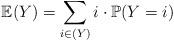
LaTeX: \begin{align*} \mathbb{E}(Y) = \sum_{i \in (Y)} i \cdot \mathbb{P}(Y= i)\end{align*}